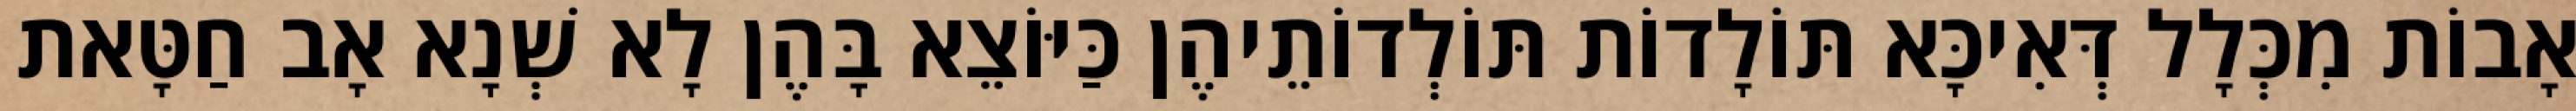
אָבוֹת מִכְּלָל דְּאִיכָּא תּוֹלָדוֹת תּוֹלְדוֹתֵיהֶן כַּיּוֹצֵא בָּהֶן לָא שְׁנָא אָב חַטָּאת